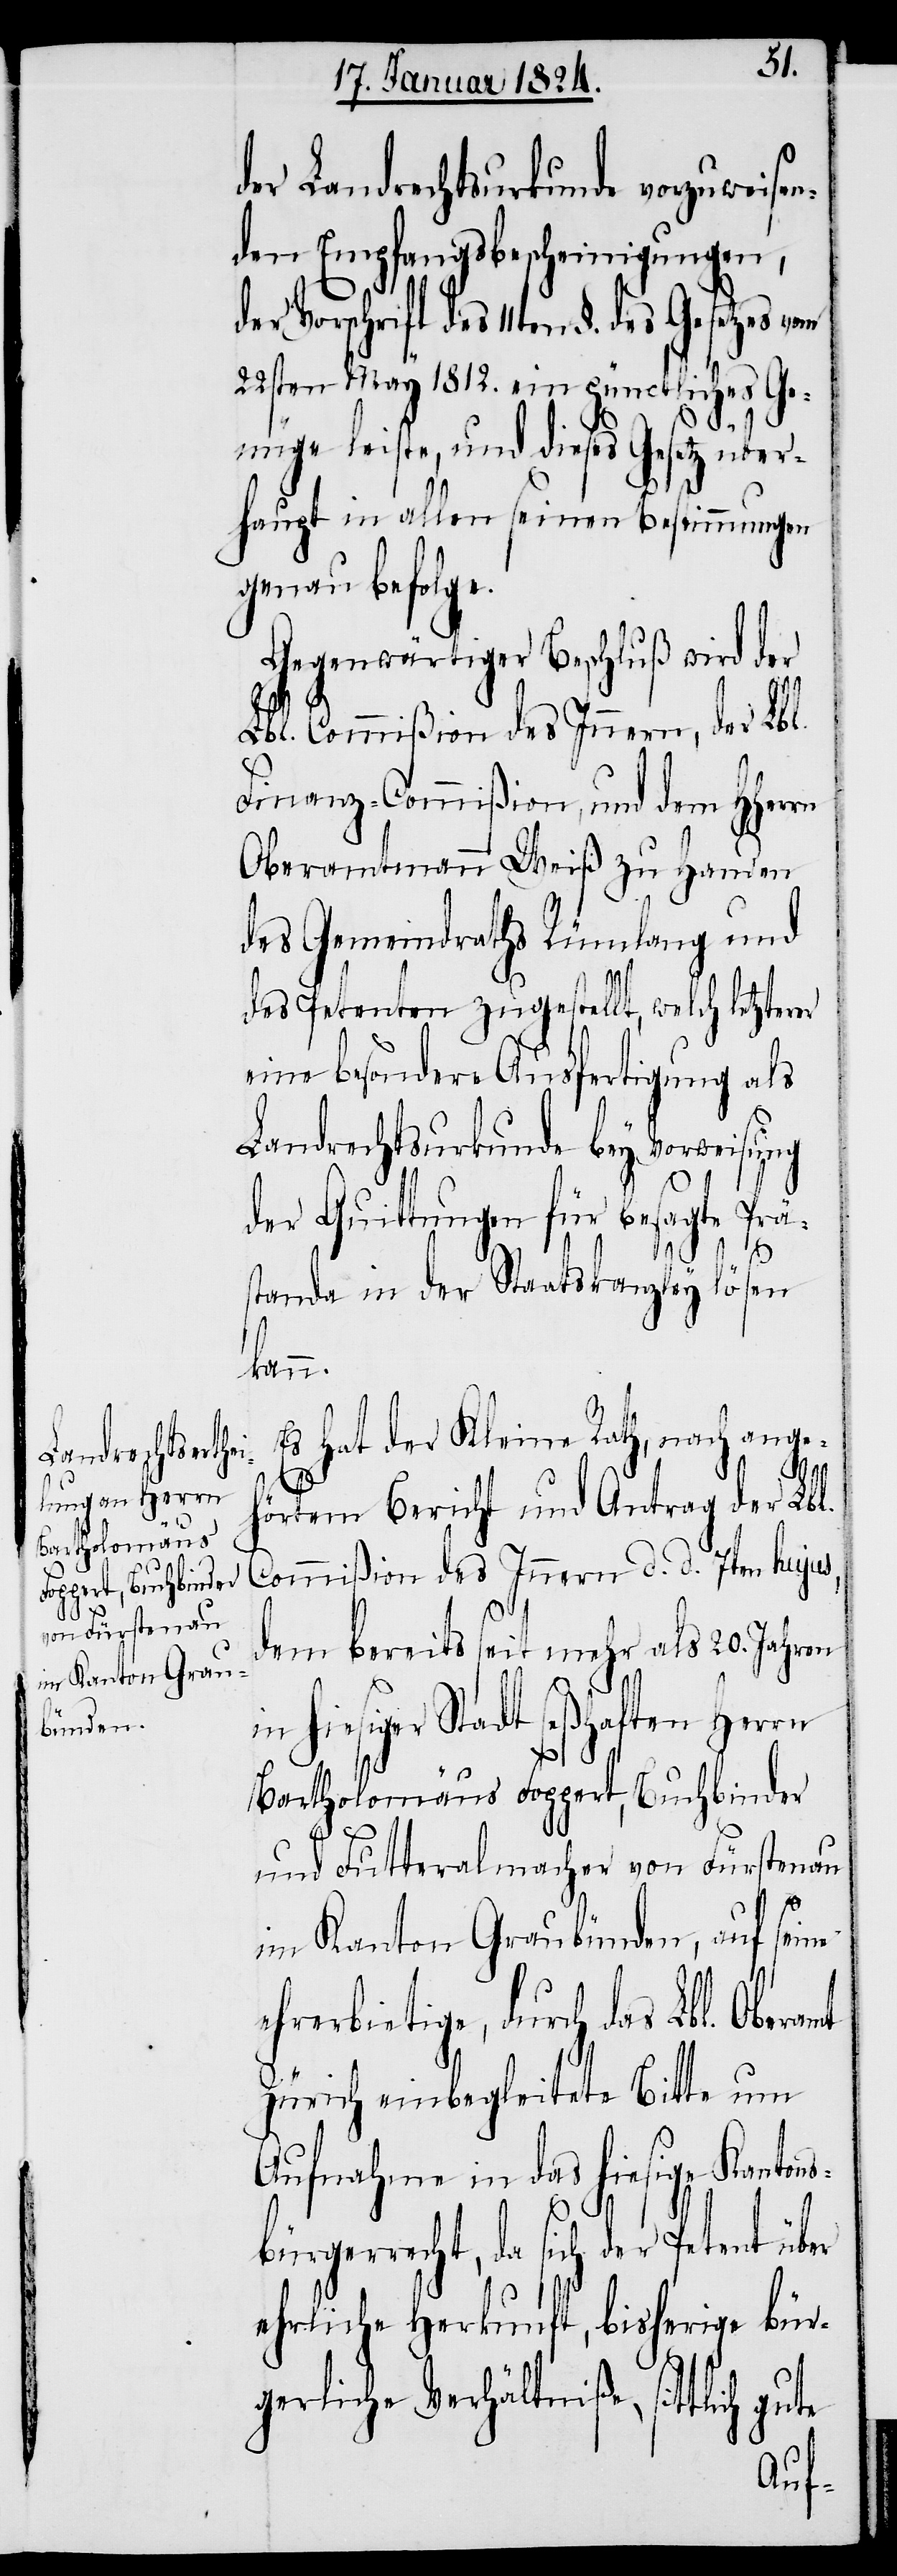
der Landrechtsurkunde vorzuweisen¬
den Empfangsbescheinigungen,
22sten May 1812. ein pünctliches Ge¬
nüge leiste, und dieses Gesetz über¬
haupt in allen seinen Bestimmungen
genau befolge.
Gegenwärtiger Beschluß wird der
Lbl. Commißion des Innern, der Lbl.
Finanz-Commißion und dem HHerrn
Oberamtmann Weiß zu Handen
des Gemeindraths Rümlang und
des Petenten zugestellt, welch letzterer
eine besondere Ausfertigung als
Landrechtsurkunde bey Vorweisung
der Quittungen für besagte Prä¬
11ten §. des
standa in der Staatskanzley lösen
kann.
Es hat der Kleine Rath, nach ange¬
hörtem Bericht und Antrag der Lbl.
Commißion des Innern d. d. 7ten hujus,
dem bereits seit mehr als 20. Jahren
in hiesiger Stadt seßhaften Herrn
Bartholomäus Foppert, Buchbinder
und Futteralmacher von Fürstenau
im Kanton Graubünden, auf seine
ehrerbietige, durch das Lbl.
Zürich einbegleitete Bitte um
Aufnahme in das hiesige Kantons¬
bürgerrecht, da sich der Petent über
ehrliche Herkunft, bisherige bür¬
gerliche Verhältniße, sittlich